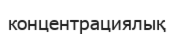
концентрациялық